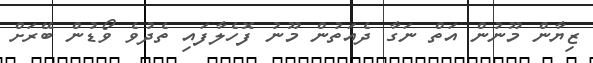
ޒިޔާން މޫނުން އަތް ނަގާ ދެއަތުން މޫނު ފޮހެލާފައި ތެދުވެ ވޯޑުން ބޭރަށް